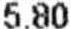
5.80